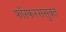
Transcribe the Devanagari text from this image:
फॉस्फरससुक्त